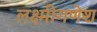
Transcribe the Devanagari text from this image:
लक्ष्मीगणेश